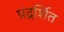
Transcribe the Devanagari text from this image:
प्रद्रर्शित